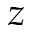
z